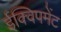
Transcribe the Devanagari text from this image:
ईक्विपमेंट